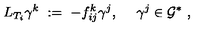
L _ { T _ { i } } \gamma ^ { k } \ : = \ - f _ { i j } ^ { k } \gamma ^ { j } , \ \quad \gamma ^ { j } \in { \mathcal G } ^ { * } \ ,